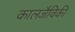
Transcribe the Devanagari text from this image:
कालजैविकी